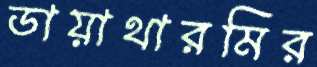
ডায়াথারমির